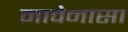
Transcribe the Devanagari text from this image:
मावेनासा